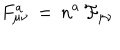
F _ { \mu \nu } ^ { a } \, = \, n ^ { a } \, \mathcal { F } _ { \mu \nu }